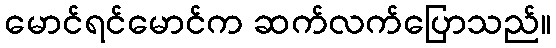
မောင်ရင်မောင်က ဆက်လက်ပြောသည်။